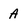
Character: A